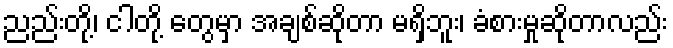
ညည်းတို့၊ ငါတို့ တွေမှာ အချစ်ဆိုတာ မရှိဘူး၊ ခံစားမှုဆိုတာလည်း